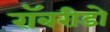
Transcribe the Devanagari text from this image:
रॉबरीडो